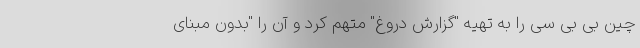
چین بی بی سی را به تهیه "گزارش دروغ" متهم کرد و آن را "بدون مبنای